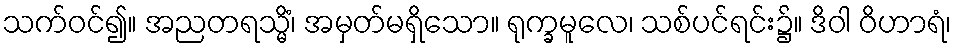
သက်ဝင်၍။ အညတရသ္မိံ၊ အမှတ်မရှိသော။ ရုက္ခမူလေ၊ သစ်ပင်ရင်း၌။ ဒိဝါ ဝိဟာရံ၊